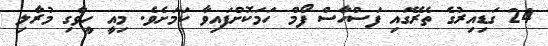
24 ގަޑިއިރުގެ ތެރޭގައި ފަސްހާސް ފޯމް ހަމަކޮށްފައިވާ ކަމަށެވެ. މިއީ ހީވާގި މުރާލި